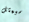
سيمثل